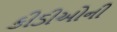
કીડીઓની